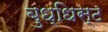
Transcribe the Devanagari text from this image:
बुध्धिस्ट